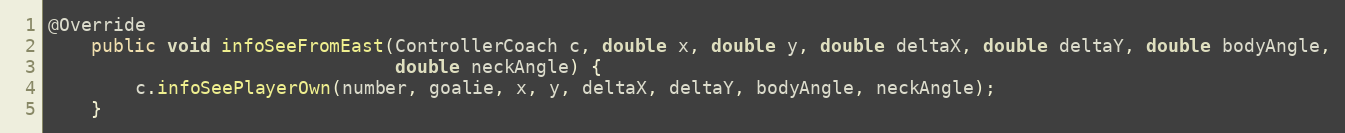
Language: Java
@Override
    public void infoSeeFromEast(ControllerCoach c, double x, double y, double deltaX, double deltaY, double bodyAngle,
                                double neckAngle) {
        c.infoSeePlayerOwn(number, goalie, x, y, deltaX, deltaY, bodyAngle, neckAngle);
    }